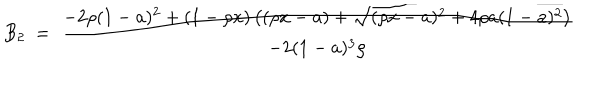
LaTeX: B _ { 2 } \ = \ { \displaystyle { \frac { - 2 \rho ( 1 - a ) ^ { 2 } + ( 1 - \rho x ) \left( ( \rho x - a ) + \sqrt { ( \rho x - a ) ^ { 2 } + 4 \rho a ( 1 - a ) ^ { 2 } } \right) } { - 2 ( 1 - a ) ^ { 3 } \rho } } } \nonumber